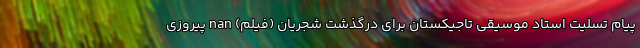
پیام تسلیت استاد موسیقی تاجیکستان برای درگذشت شجريان (فیلم) nan پیروزی